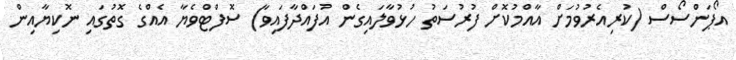
އޯޕަންސޯސް (ކުރިއެރުވުމަށް އާއްމުކޮށް ފުރުސަތު ހުޅުވާލައިގެން އުފައްދާފައިވާ) ސޮފްޓްވެޔާ އެއްގެ ގޮތުގައި ނޮކިޔާއިން